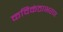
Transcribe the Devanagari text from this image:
कविकंठाभरण